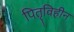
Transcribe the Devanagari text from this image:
पितृविहीन